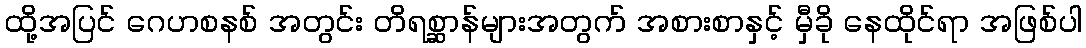
ထို့အပြင် ဂေဟစနစ် အတွင်း တိရစ္ဆာန်များအတွက် အစားစာနှင့် မှီခို နေထိုင်ရာ အဖြစ်ပါ